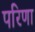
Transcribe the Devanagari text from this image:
परिणा